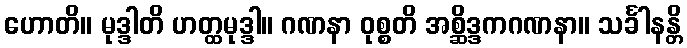
ဟောတိ။ မုဒ္ဒါတိ ဟတ္ထမုဒ္ဒါ။ ဂဏနာ ဝုစ္စတိ အစ္ဆိဒ္ဒကဂဏနာ။ သင်္ခါနန္တိ